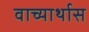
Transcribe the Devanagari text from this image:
वाच्यार्थास